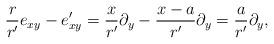
LaTeX: \begin{align*}{r \over r'} e_{x y} - e_{x y}' = {x \over r'} \partial_y - {x - a \over r'} \partial_y = {a \over r'} \partial_y,\end{align*}